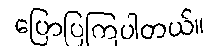
ပြောပြကြပါတယ်။